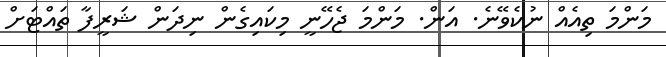
މަންމަ ތިއެއް ނުކެވޭނެ. އަން. މަންމަ ޖެހޭނީ މިކައިގެން ނިދަން ޝަރީފާ ތައްޓަށް